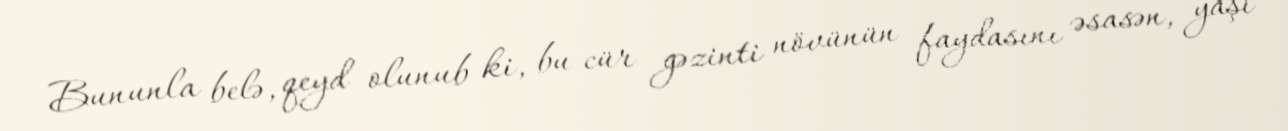
Bununla belə, qeyd olunub ki, bu cür gəzinti növünün faydasını əsasən, yaşı